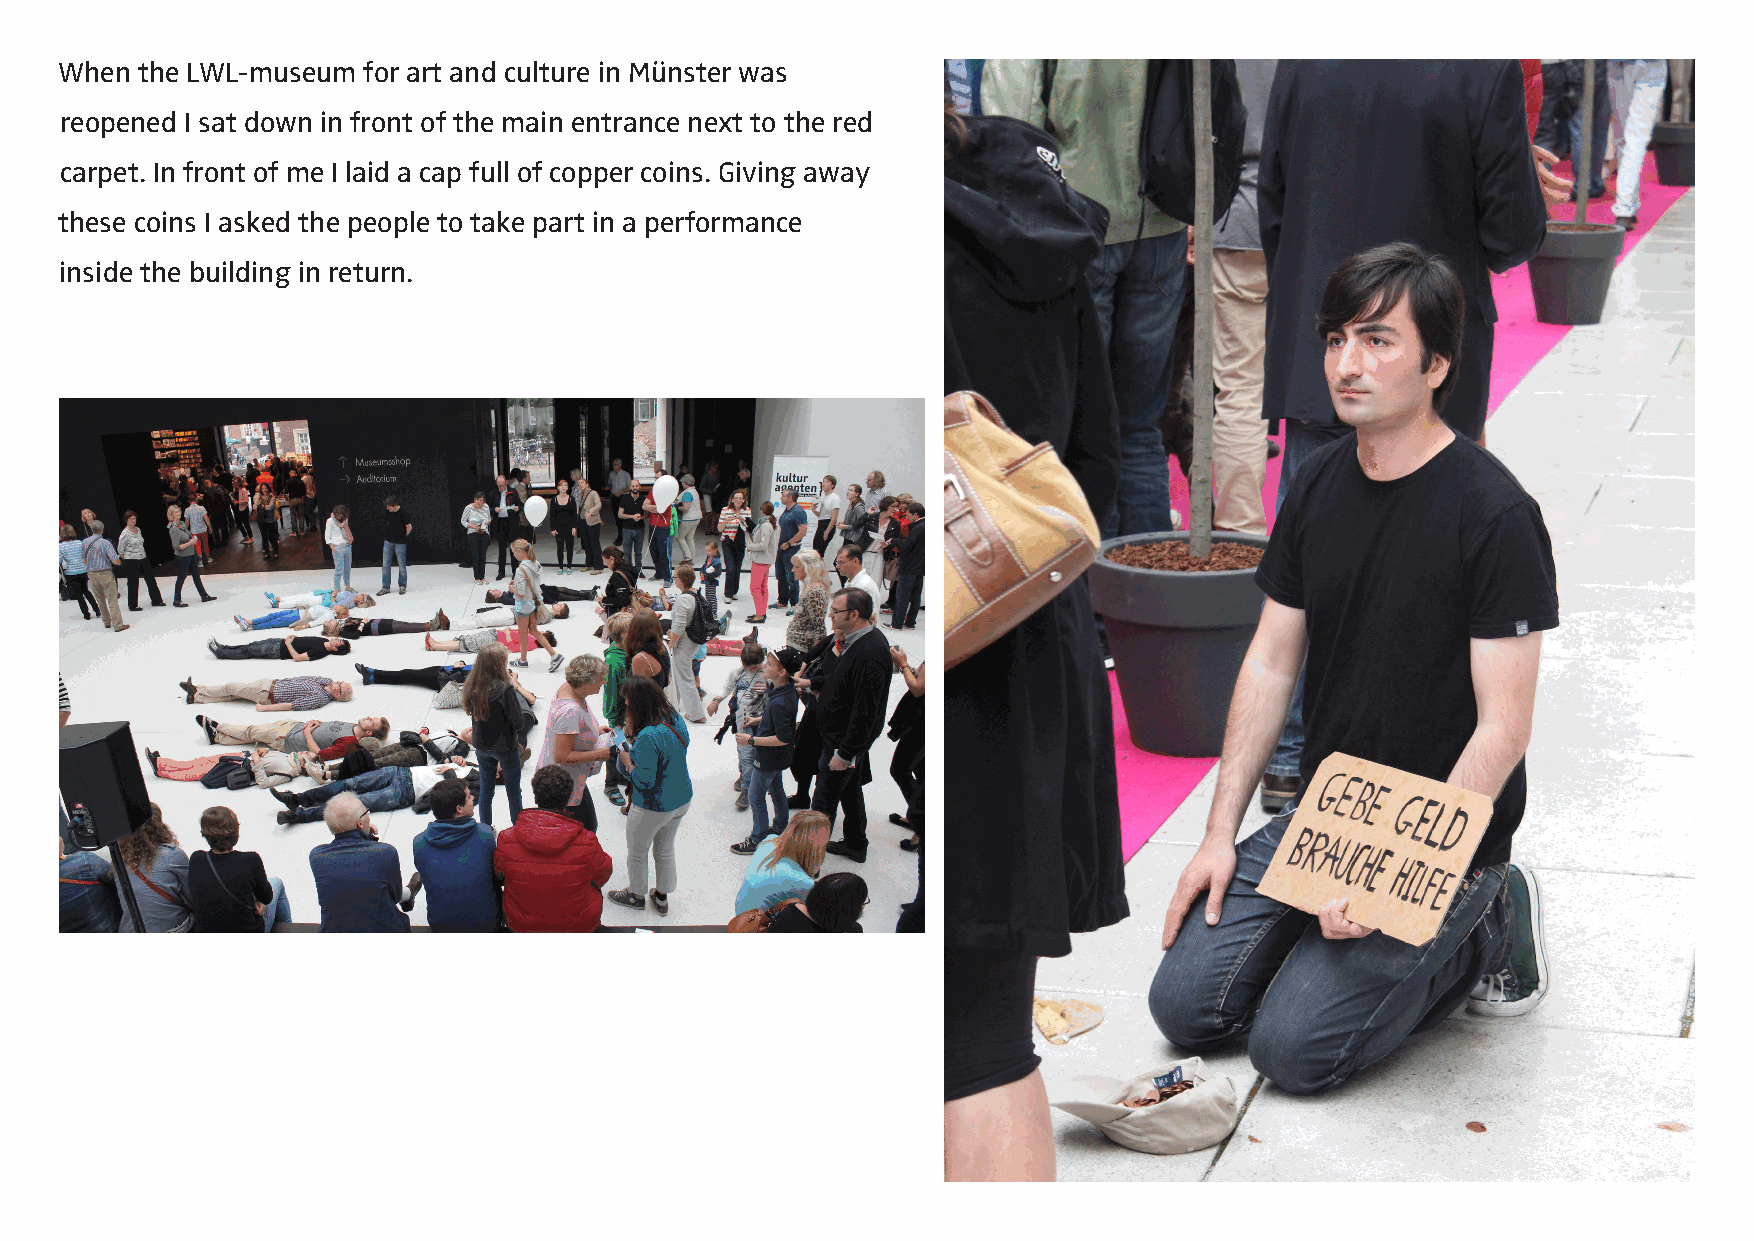
When the LWL-museum for art and culture in Münster was
 reopened I sat down in front of the main entrance next to the red
 carpet. In front of me I laid a cap full of copper coins. Giving away
 these coins I asked the people to take part in a performance
 inside the building in return.